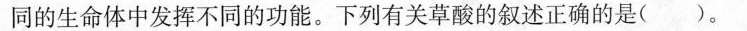
同的生命体中发挥不同的功能。下列有关草酸的叙述正确的是( )。